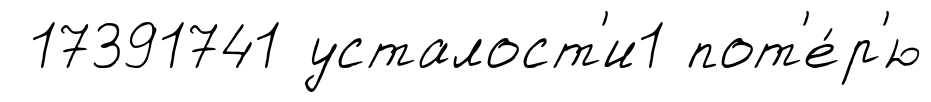
17391741 усталост'и1 пот'е́р'ю